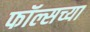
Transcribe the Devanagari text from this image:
फॉल्सच्या